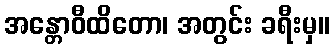
အန္တောဝီထိတော၊ အတွင်း ခရီးမှ။